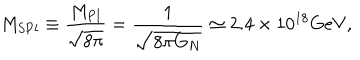
M _ { \mathrm { S P l } } \equiv \frac { M _ { \mathrm { P l } } } { \sqrt { 8 \pi } } = \frac { 1 } { \sqrt { 8 \pi G _ { N } } } \simeq 2 . 4 \times 1 0 ^ { 1 8 } \mathrm { G e V } ,